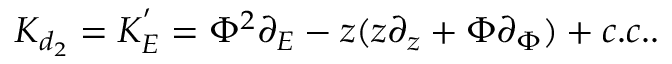
K _ { d _ { 2 } } = K _ { E } ^ { ' } = \Phi ^ { 2 } \partial _ { E } - z ( z \partial _ { z } + \Phi \partial _ { \Phi } ) + c . c . .